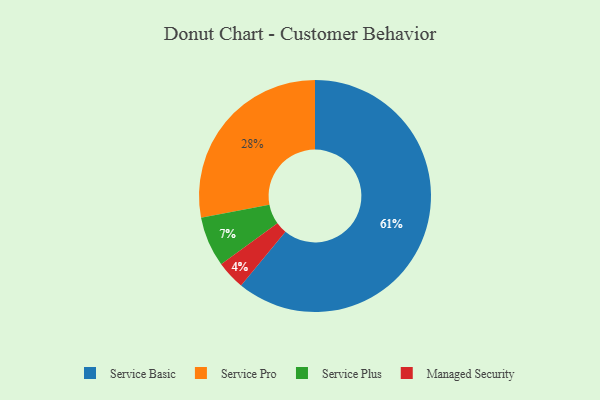
{"axis": {"x": "Category", "y": "Percentage"}, "legend": ["Managed Security", "Service Basic", "Service Plus", "Service Pro"], "data": [{"x": "Service Pro", "y": 28, "type": "Service Pro"}, {"x": "Service Basic", "y": 61, "type": "Service Basic"}, {"x": "Managed Security", "y": 4, "type": "Managed Security"}, {"x": "Service Plus", "y": 7, "type": "Service Plus"}]}